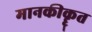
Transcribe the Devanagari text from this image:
मानकीकॄत